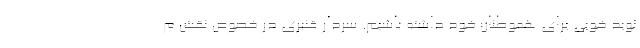
نوید خوبی برای هموطنان خود داشته باشیم. سردار قنبری در خصوص نقش م